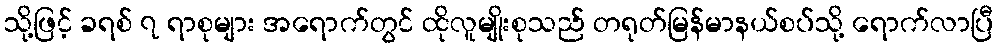
သို့ဖြင့် ခရစ် ၇ ရာစုများ အရောက်တွင် ထိုလူမျိုးစုသည် တရုတ်မြန်မာနယ်စပ်သို့ ရောက်လာပြီ